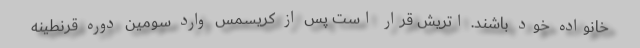
خانواده خود باشند. اتریش قرار است پس از کریسمس وارد سومین دوره قرنطینه